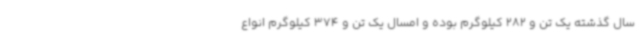
سال گذشته یک تن و 282 کیلوگرم بوده و امسال یک تن و 374 کیلوگرم انواع